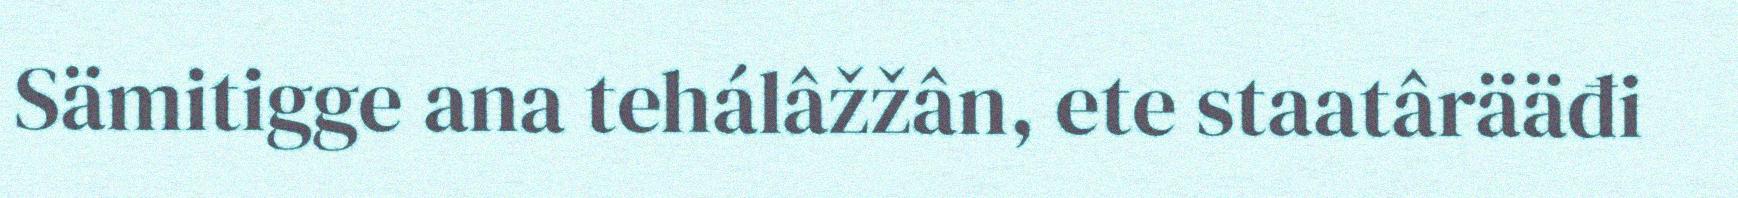
Sämitigge ana tehálâžžân, ete staatârääđi